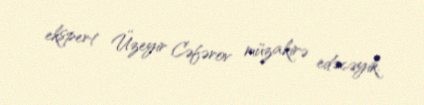
ekspert Üzeyir Cəfərov müzakirə edəcəyik.